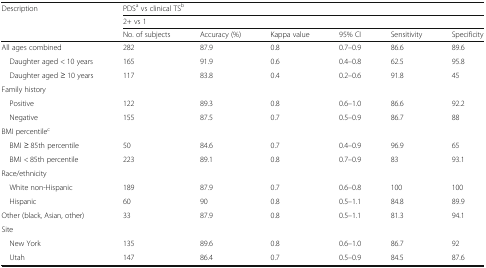
| <ROWSPAN=3> Description | <COLSPAN=6> PDSa vs clinical TSb |
 | <COLSPAN=6> 2+ vs 1 |
 | No. of subjects | Accuracy (%) | Kappa value | 95% CI | Sensitivity | Specificity |
 | --- | --- | --- | --- | --- | --- | --- |
 | All ages combined | 282 | 87.9 | 0.8 | 0.7–0.9 | 86.6 | 89.6 |
 | Daughter aged < 10 years | 165 | 91.9 | 0.6 | 0.4–0.8 | 62.5 | 95.8 |
 | Daughter aged ≥ 10 years | 117 | 83.8 | 0.4 | 0.2–0.6 | 91.8 | 45 |
 | <COLSPAN=7> Family history |
 | Positive | 122 | 89.3 | 0.8 | 0.6–1.0 | 86.6 | 92.2 |
 | Negative | 155 | 87.5 | 0.7 | 0.5–0.9 | 86.7 | 88 |
 | <COLSPAN=7> BMI percentilec |
 | BMI ≥ 85th percentile | 50 | 84.6 | 0.7 | 0.4–0.9 | 96.9 | 65 |
 | BMI < 85th percentile | 223 | 89.1 | 0.8 | 0.7–0.9 | 83 | 93.1 |
 | <COLSPAN=7> Race/ethnicity |
 | White non-Hispanic | 189 | 87.9 | 0.7 | 0.6–0.8 | 100 | 100 |
 | Hispanic | 60 | 90 | 0.8 | 0.5–1.1 | 84.8 | 89.9 |
 | Other (black, Asian, other) | 33 | 87.9 | 0.8 | 0.5–1.1 | 81.3 | 94.1 |
 | <COLSPAN=7> Site |
 | New York | 135 | 89.6 | 0.8 | 0.6–1.0 | 86.7 | 92 |
 | Utah | 147 | 86.4 | 0.7 | 0.5–0.9 | 84.5 | 87.6 |